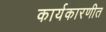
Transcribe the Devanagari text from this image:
कार्यकारणीत